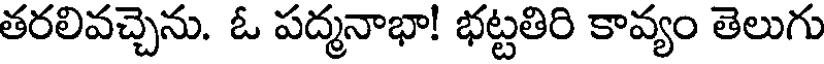
తరలివచ్చెను. ఓ పద్మనాభా! భట్టతిరి కావ్యం తెలుగు